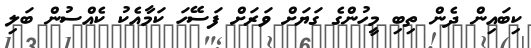
ކިބައިން ދެން ތިބި މީހުންގެ ގަޔަށް ވަރަށް ފަސޭހަ ކަމާއެކު ކެއްސުން ބަލި